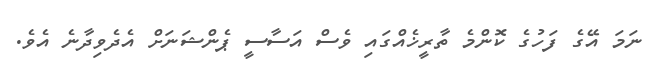
ނަމަ އޭގެ ފަހުގެ ކޮންމެ ތާރީޚެއްގައި ވެސް އަސާސީ ޕެންޝަނަށް އެދެވިދާނެ އެވެ.